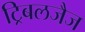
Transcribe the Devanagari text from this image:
ट्रिबलजैज